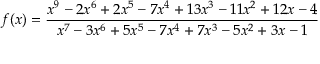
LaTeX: f ( x ) = { \frac { x ^ { 9 } - 2 x ^ { 6 } + 2 x ^ { 5 } - 7 x ^ { 4 } + 1 3 x ^ { 3 } - 1 1 x ^ { 2 } + 1 2 x - 4 } { x ^ { 7 } - 3 x ^ { 6 } + 5 x ^ { 5 } - 7 x ^ { 4 } + 7 x ^ { 3 } - 5 x ^ { 2 } + 3 x - 1 } }